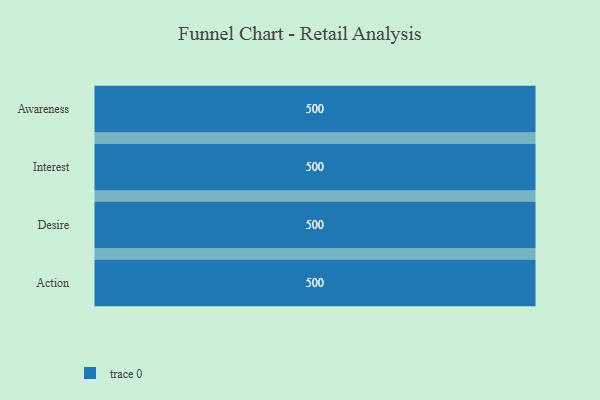
{"axis": {"x": "Stage", "y": "Value"}, "legend": [""], "data": [{"x": "Awareness", "y": 500, "type": ""}, {"x": "Interest", "y": 500, "type": ""}, {"x": "Desire", "y": 500, "type": ""}, {"x": "Action", "y": 500, "type": ""}]}